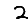
Digit: 2